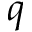
q